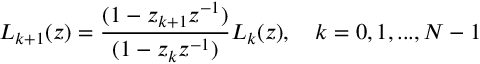
L _ { k + 1 } ( z ) = { \frac { ( 1 - z _ { k + 1 } z ^ { - 1 } ) } { ( 1 - z _ { k } z ^ { - 1 } ) } } L _ { k } ( z ) , \quad k = 0 , 1 , . . . , N - 1